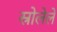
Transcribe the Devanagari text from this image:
स्रोलेले